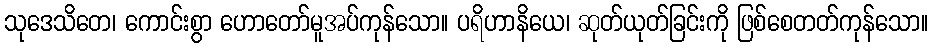
သုဒေသိတေ၊ ကောင်းစွာ ဟောတော်မူအပ်ကုန်သော။ ပရိဟာနိယေ၊ ဆုတ်ယုတ်ခြင်းကို ဖြစ်စေတတ်ကုန်သော။